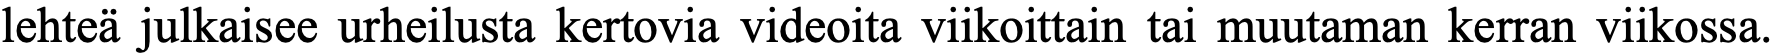
lehteä julkaisee urheilusta kertovia videoita viikoittain tai muutaman kerran viikossa.